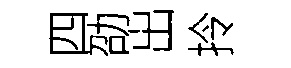
四劭出拎